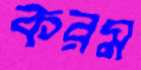
করম